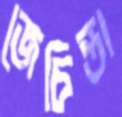
জেচিন্তা